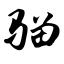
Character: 骝